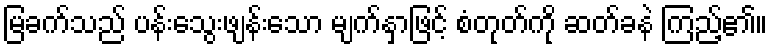
မြခက်သည် ပန်းသွေးဖျန်းသော မျက်နှာဖြင့် စံတုတ်ကို ဆတ်ခနဲ ကြည့်၏။